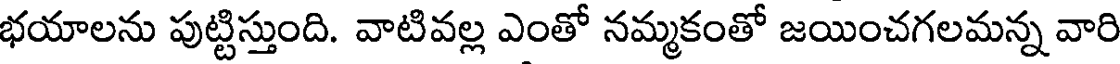
భయాలను పుట్టిస్తుంది. వాటివల్ల ఎంతో నమ్మకంతో జయించగలమన్న వారి